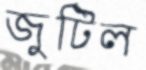
জুটিল